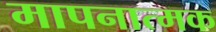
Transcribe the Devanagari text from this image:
मापनात्मक